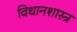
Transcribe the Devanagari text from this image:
विधानशास्त्र